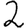
Digit: 2